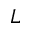
L